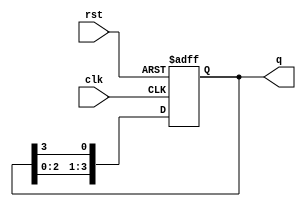
module ring_counter (
    input wire clk,      // Clock input
    input wire rst,      // Asynchronous reset input
    output reg [3:0] q   // 4-bit output representing the current state
);

// Initialize the counter state
always @(posedge clk or posedge rst) begin
    if (rst) begin
        // Reset state: Set the first flip-flop to '1' and others to '0'
        q <= 4'b0001; 
    end else begin
        // Shift the '1' in the ring
        q <= {q[2:0], q[3]}; // Shift left and wrap around
    end
end

endmodule